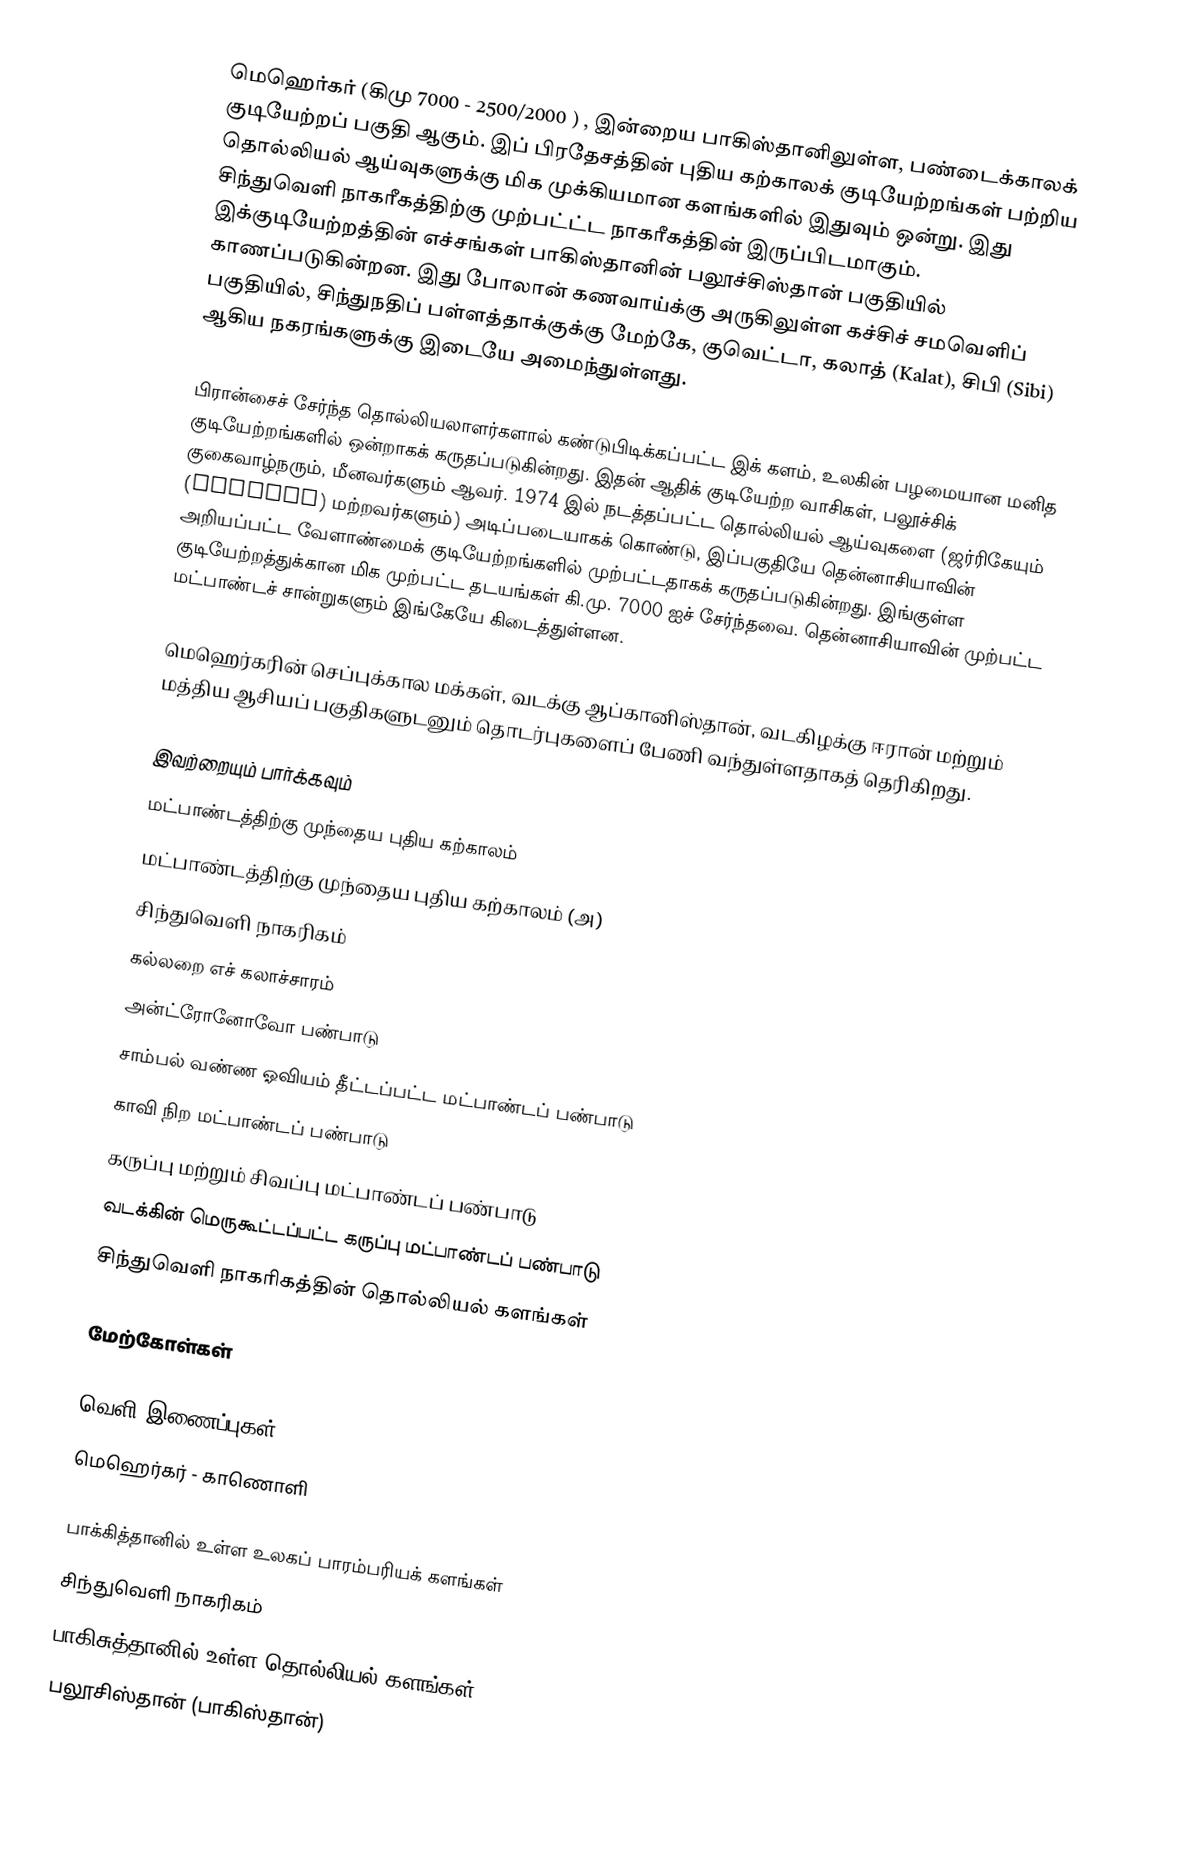
மெஹெர்கர் (கிமு 7000 - 2500/2000 ) , இன்றைய பாகிஸ்தானிலுள்ள, பண்டைக்காலக் குடியேற்றப் பகுதி ஆகும். இப் பிரதேசத்தின் புதிய கற்காலக் குடியேற்றங்கள் பற்றிய தொல்லியல் ஆய்வுகளுக்கு மிக முக்கியமான களங்களில் இதுவும் ஒன்று. இது சிந்துவெளி நாகரீகத்திற்கு முற்பட்ட்ட நாகரீகத்தின் இருப்பிடமாகும். இக்குடியேற்றத்தின் எச்சங்கள் பாகிஸ்தானின் பலூச்சிஸ்தான் பகுதியில் காணப்படுகின்றன. இது போலான் கணவாய்க்கு அருகிலுள்ள கச்சிச் சமவெளிப் பகுதியில், சிந்துநதிப் பள்ளத்தாக்குக்கு மேற்கே, குவெட்டா, கலாத் (Kalat), சிபி (Sibi) ஆகிய நகரங்களுக்கு இடையே அமைந்துள்ளது.

பிரான்சைச் சேர்ந்த தொல்லியலாளர்களால் கண்டுபிடிக்கப்பட்ட இக் களம், உலகின் பழமையான மனித குடியேற்றங்களில் ஒன்றாகக் கருதப்படுகின்றது. இதன் ஆதிக் குடியேற்ற வாசிகள், பலூச்சிக் குகைவாழ்நரும், மீனவர்களும் ஆவர். 1974 இல் நடத்தப்பட்ட தொல்லியல் ஆய்வுகளை (ஜர்ரிகேயும் (Jarrige) மற்றவர்களும்) அடிப்படையாகக் கொண்டு, இப்பகுதியே தென்னாசியாவின் அறியப்பட்ட வேளாண்மைக் குடியேற்றங்களில் முற்பட்டதாகக் கருதப்படுகின்றது. இங்குள்ள குடியேற்றத்துக்கான மிக முற்பட்ட தடயங்கள் கி.மு. 7000 ஐச் சேர்ந்தவை. தென்னாசியாவின் முற்பட்ட மட்பாண்டச் சான்றுகளும் இங்கேயே கிடைத்துள்ளன.

மெஹெர்கரின் செப்புக்கால மக்கள், வடக்கு ஆப்கானிஸ்தான், வடகிழக்கு ஈரான் மற்றும் மத்திய ஆசியப் பகுதிகளுடனும் தொடர்புகளைப் பேணி வந்துள்ளதாகத் தெரிகிறது.

இவற்றையும் பார்க்கவும்
 மட்பாண்டத்திற்கு முந்தைய புதிய கற்காலம்
 மட்பாண்டத்திற்கு முந்தைய புதிய கற்காலம் (அ)
 சிந்துவெளி நாகரிகம்
 கல்லறை எச் கலாச்சாரம்
 அன்ட்ரோனோவோ பண்பாடு
 சாம்பல் வண்ண ஓவியம் தீட்டப்பட்ட மட்பாண்டப் பண்பாடு
 காவி நிற மட்பாண்டப் பண்பாடு
 கருப்பு மற்றும் சிவப்பு மட்பாண்டப் பண்பாடு
 வடக்கின் மெருகூட்டப்பட்ட கருப்பு மட்பாண்டப் பண்பாடு
 சிந்துவெளி நாகரிகத்தின் தொல்லியல் களங்கள்

மேற்கோள்கள்

வெளி இணைப்புகள்
 மெஹெர்கர் - காணொளி

பாக்கித்தானில் உள்ள உலகப் பாரம்பரியக் களங்கள்
சிந்துவெளி நாகரிகம்
பாகிசுத்தானில் உள்ள தொல்லியல் களங்கள்
பலூசிஸ்தான் (பாகிஸ்தான்)